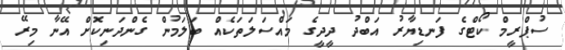
ސުޕްރީމް ކޯޓްގެ ފަނޑިޔާރު އަބްދު ދީދީގެ މައްސަލަތަކެއް ބަލަމުން ގެންދަނިކޮށް އޭނާ މިރޭ